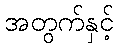
အတွက်နှင့်